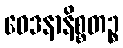
ဝေဒနာနိစ္စတဉ္စ